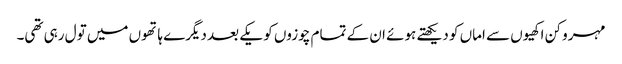
مہرو کن اکھیوں سے اماں کو دیکھتے ہوئے ان کے تمام چوزوں کو یکے بعد دیگرے ہاتھوں میں تول رہی تھی۔